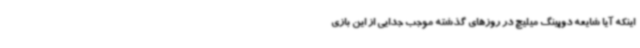
اینکه آیا شایعه دوپینگ میلیچ در روزهای گذشته موجب جدایی از این بازی